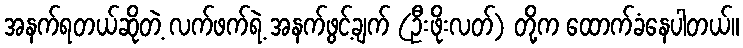
အနက်ရတယ်ဆိုတဲ့ လက်ဖက်ရဲ့ အနက်ဖွင့်ချက် (ဦးဖိုးလတ်) တို့က ထောက်ခံနေပါတယ်။